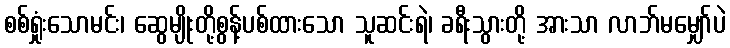
စစ်ရှုံးသောမင်း၊ ဆွေမျိုးတို့စွန့်ပစ်ထားသော သူဆင်းရဲ၊ ခရီးသွားတို့ အားသာ လာဘ်မမျှော်ပဲ